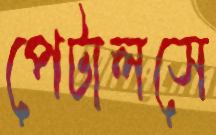
পেটালসে